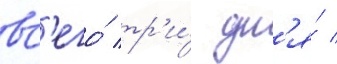
вс'его́ тр'и́ дн'я́ /